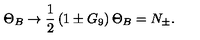
\Theta _ { B } \to \frac { 1 } { 2 } \left( 1 \pm G _ { 9 } \right) \Theta _ { B } = N _ { \pm } .